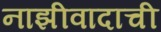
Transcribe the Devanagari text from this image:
नाझीवादाची